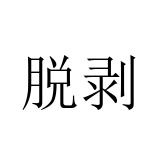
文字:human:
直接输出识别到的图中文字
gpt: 脱剥